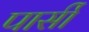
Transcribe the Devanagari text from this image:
पार्सी